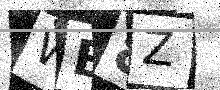
Text: WB8Z